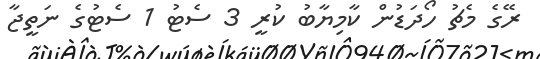
ރޭގެ މެޗު ހޯދަޑުން ކާމިޔާބު ކުރީ 3 ސެޓު 1 ސެޓުގެ ނަތީޖާ